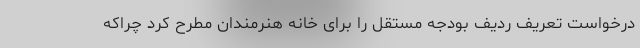
درخواست تعریف ردیف بودجه مستقل را برای خانه هنرمندان مطرح کرد چراکه